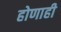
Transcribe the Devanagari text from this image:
होणाही